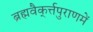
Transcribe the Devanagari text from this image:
ब्रह्मवैक्‌र्त्तपुराणमें